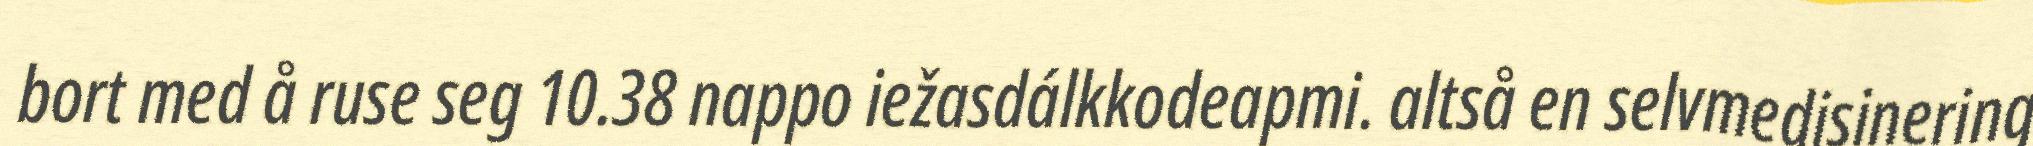
bort med å ruse seg 10.38 nappo iežasdálkkodeapmi. altså en selvmedisinering